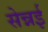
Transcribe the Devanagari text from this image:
सेन्नई